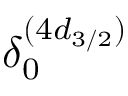
\delta _ { 0 } ^ { ( 4 d _ { 3 / 2 } ) }